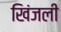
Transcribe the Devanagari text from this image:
खिंजली